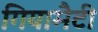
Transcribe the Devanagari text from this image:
गियामैटी